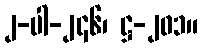
၂-ပါ-၂၄၆၊ ဋ္ဌ-၂၀၁။